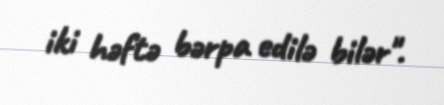
iki həftə bərpa edilə bilər".